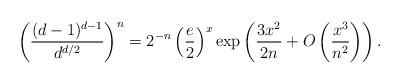
LaTeX: \begin{align*}\biggl(\frac{(d-1)^{d-1}}{d^{d/2}}\biggr)^{n}=2^{-n}\left(\frac{e}{2}\right)^{x}\exp\left(\frac{3x^{2}}{2n}+O\left(\frac{x^{3}}{n^{2}}\right)\right).\end{align*}